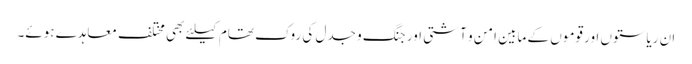
ان ریاستوں اور قوموں کے مابین امن و آشتی اور جنگ و جدل کی روک تھام کیلئے بھی مختلف معاہدے ہوئے۔